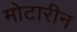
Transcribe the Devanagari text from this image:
मोटारीन